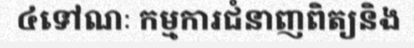
៤ទៅណៈ កម្មការជំនាញពិត្យនិង